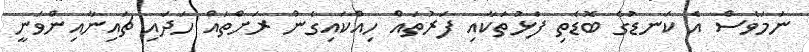
ނަމަވެސް އެ ކަނޑުގެ ބޮޑެތި ފަޅުތަކާއި ފަރުތައް ހިއްކައިގެން ރަށްތައް ހަދައި ޗައިނާއިންވަނީ